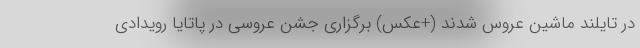
در تایلند ماشین عروس شدند (+عکس) برگزاری جشن عروسی در پاتایا رویدادی